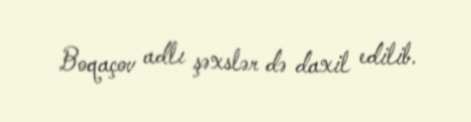
Boqaçov adlı şəxslər də daxil edilib.